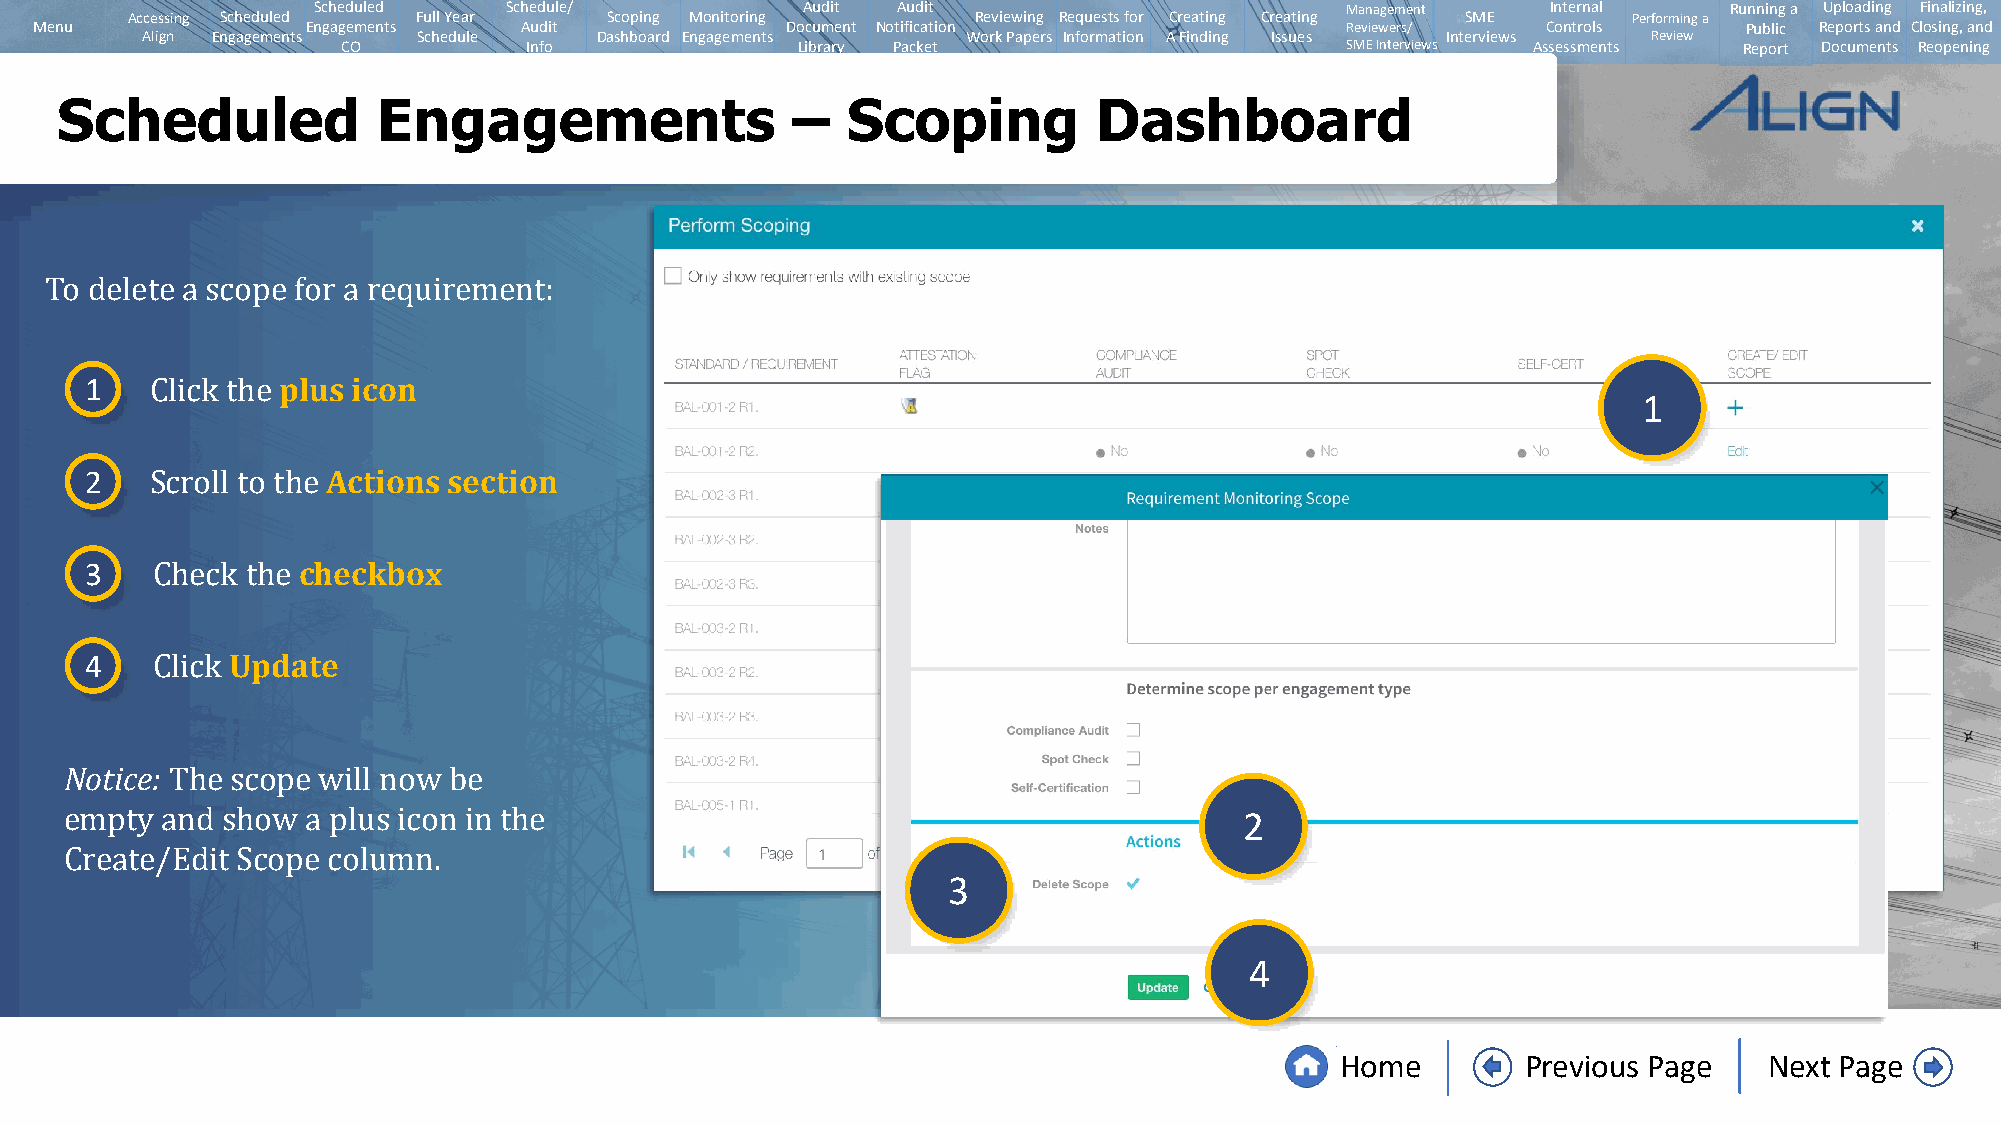
Scheduled   Schedule/           Audit Audit                         Management    Internal   Running a Uploading Finalizing,
 Accessing Scheduled Full Year   Scoping Monitoring       Reviewing Requests for Creating Creating SME Performing a
 Menu              Engagements   Audit             Document Notification                Reviewers/   Controls      Public Reports and Closing, and
 Align Engagements  Schedule   Dashboard Engagements    Work Papers Information A Finding Issues Interviews Review
 CO          Info              Library Packet                      SMEInterviews Assessments Report Documents Reopening
 Scheduled            Engagements                –   Scoping          Dashboard
 To delete a scope for a requirement:
 1           plus icon
 1
 Click the
 2               Actions section
 Scroll to the
 3             checkbox
 Check the
 4        Update
 Click
 Notice:
 2
 The scope will now be
 empty  and show a plus icon in the                         3
 Create/Edit Scope column.
 4
 Home        Previous Page   Next Page